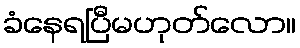
ခံနေရပြီမဟုတ်လော။